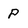
Character: P